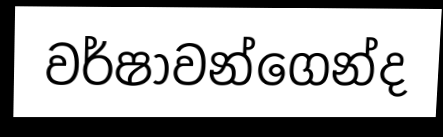
වර්ෂාවන්ගෙන්ද